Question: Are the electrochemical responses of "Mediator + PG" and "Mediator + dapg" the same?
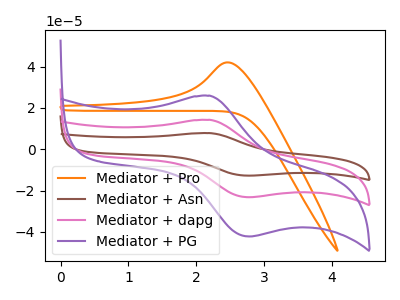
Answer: <think>The orange curve "Mediator + Pro" has an anodic peak at: (2.45V, 42.05uA). The brown curve "Mediator + Asn" has an anodic peak at (2.20V, 28.50uA) and a cathodic peak at (2.80V, -46.35uA). The pink curve "Mediator + dapg" has an anodic peak at (2.20V, 14.25uA) and a cathodic peak at (2.80V, -23.20uA). The purple curve "Mediator + PG" has an anodic peak at (2.20V, 25.90uA) and a cathodic peak at (2.80V, -42.15uA).
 All the peaks in "Mediator + PG" have a peak in "Mediator + dapg" at the same potential. Every peak in "Mediator + PG" is higher than every peak in "Mediator + dapg".</think>
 <answer>"Mediator + PG" and "Mediator + dapg" are similar in shape.</answer>
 <eval>same_shape</eval>